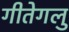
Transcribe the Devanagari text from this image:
गीतेगलु